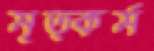
মৃত্কর্ম